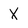
Character: X